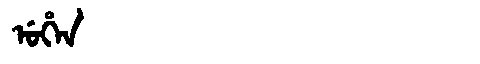
Manchu: ᡠᡥᡝᠨ
Romanization: UHEN